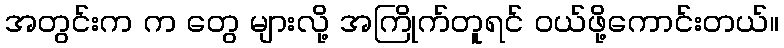
အတွင်းက က တွေ များလို့ အကြိုက်တူရင် ဝယ်ဖို့ကောင်းတယ်။